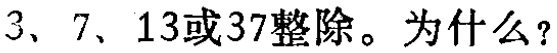
3、7、13或37整除。为什么？